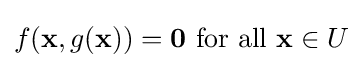
f(\mathbf {x} ,g(\mathbf {x} ))=\mathbf {0} ~{\text{for all}}~\mathbf {x} \in U